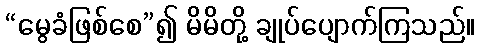
“မွေခံဖြစ်စေ”၍ မိမိတို့ ချုပ်ပျောက်ကြသည်။